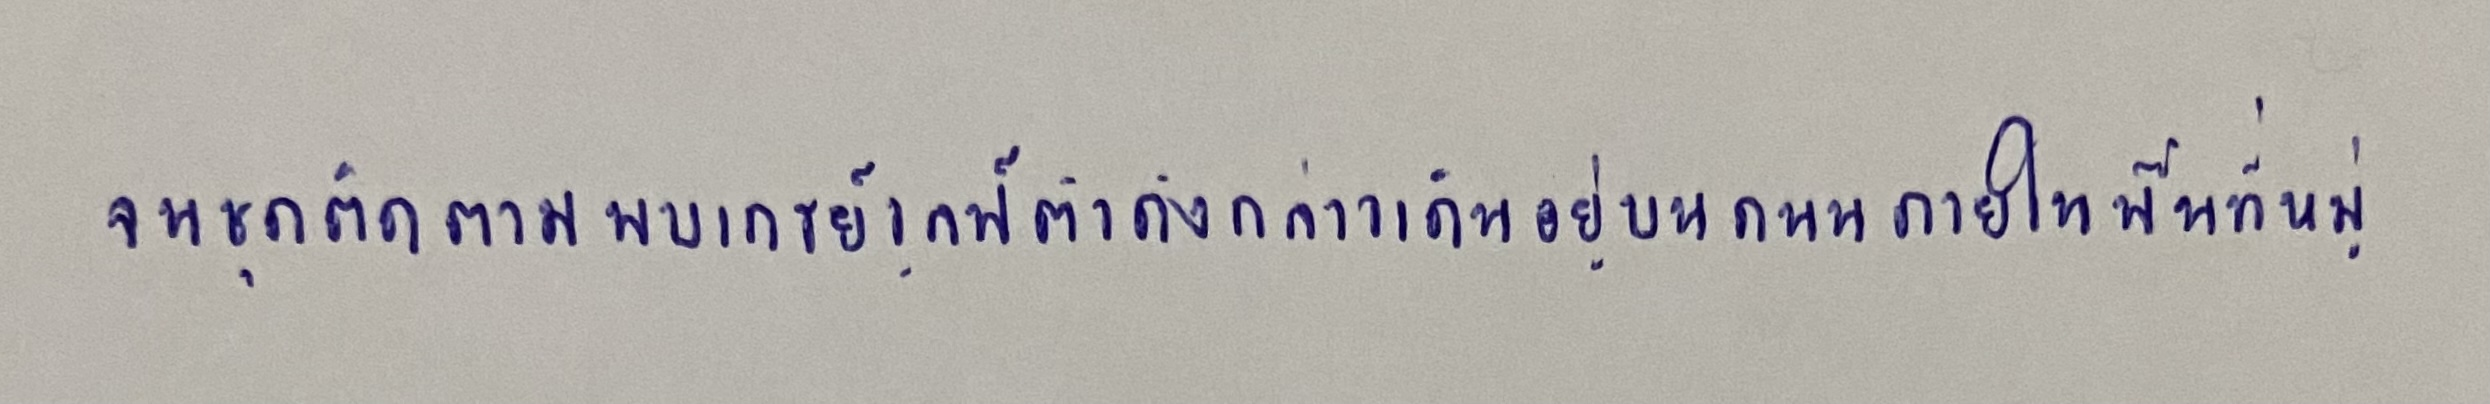
จนชุดติดตามพบเกรย์วูล์ฟตัวดังกล่าวเดินอยู่บนถนนภายในพื้นที่หมู่